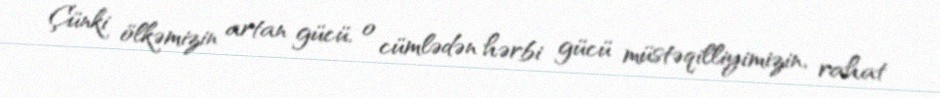
Çünki ölkəmizin artan gücü, o cümlədən hərbi gücü müstəqilliyimizin, rahat